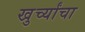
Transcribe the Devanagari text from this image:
खुर्च्यांचा